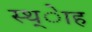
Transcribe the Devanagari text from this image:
स्थ्ेाह